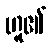
ဟူ၏